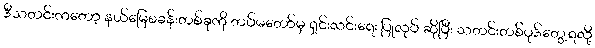
ဒီသတင်းကတော့ နယ်မြေစခန်းတစ်ခုကို တပ်မတော်မှ ရှင်းလင်းရေး ပြုလုပ် ဆိုပြီး သတင်းတစ်ပုဒ်တွေ့ရလို့